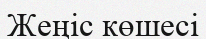
Жеңіс көшесі